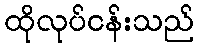
ထိုလုပ်ငန်းသည်